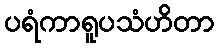
ပရံကာရူပသံဟိတာ